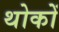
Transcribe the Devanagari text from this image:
थोकों